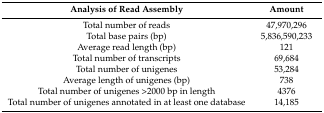
| Analysis of Read Assembly | Amount |
 | --- | --- |
 | Total number of reads | 47,970,296 |
 | Total base pairs (bp) | 5,836,590,233 |
 | Average read length (bp) | 121 |
 | Total number of transcripts | 69,684 |
 | Total number of unigenes | 53,284 |
 | Average length of unigenes (bp) | 738 |
 | Total number of unigenes >2000 bp in length | 4376 |
 | Total number of unigenes annotated in at least one database | 14,185 |